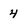
Character: 4